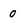
Character: O